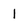
Character: l